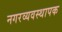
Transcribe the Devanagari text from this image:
नगरव्यवस्थापक